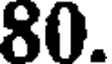
80.